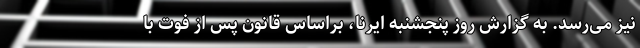
نیز می‌رسد. به گزارش روز پنجشنبه ایرنا، براساس قانون پس از فوت با